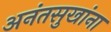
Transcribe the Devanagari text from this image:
अनंतसुखांना